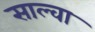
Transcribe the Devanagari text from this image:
साल्वा